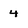
Character: 4